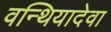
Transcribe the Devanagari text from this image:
वन्थियादेवा